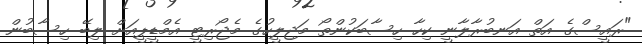
"ރައީސްގެ އަތް އަނބުރާލާނީ ކިހާ ހިސާބަކުންތޯ މަޖިލީހުގެ މެޖޯރިޓީ އެމްޑީޕީއަށް ލިބޭ ހިސާބުން